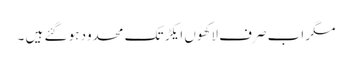
مگر اب صرف لاکھوں ایکڑ تک محدود ہو گئے ہیں ۔